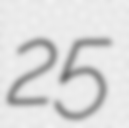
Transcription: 25